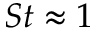
S t \approx 1